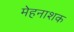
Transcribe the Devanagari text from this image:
मेहनाशक